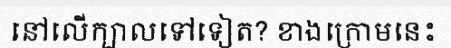
នៅលើក្បាលទៅទៀត? ខាងក្រោមនេះ